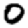
Digit: 0